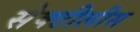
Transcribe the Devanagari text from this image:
सेक्टीलीस